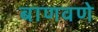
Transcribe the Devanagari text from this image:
बाणवणे